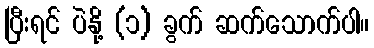
ပြီးရင် ပဲနို့ (၁) ခွက် ဆက်သောက်ပါ။